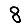
Digit: 8